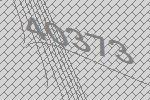
40373